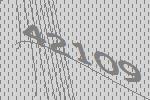
42109